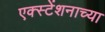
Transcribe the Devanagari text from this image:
एक्स्टेंशनाच्या